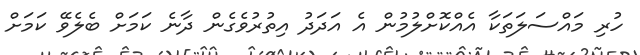
ހުރި މައްސަލަތަކާ އެއްކޮށްލުމުން އެ އަދަދު އިތުރުވެގެން ދާނެ ކަމަށް ބެލެވޭ ކަމަށް